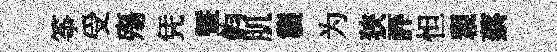
筝受殤凭暨鈞肌襲为狭評怛親蔡